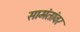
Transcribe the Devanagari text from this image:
सामंतांवर